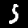
Label: 5